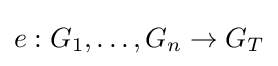
e:G_{1},\dots ,G_{n}\rightarrow G_{T}